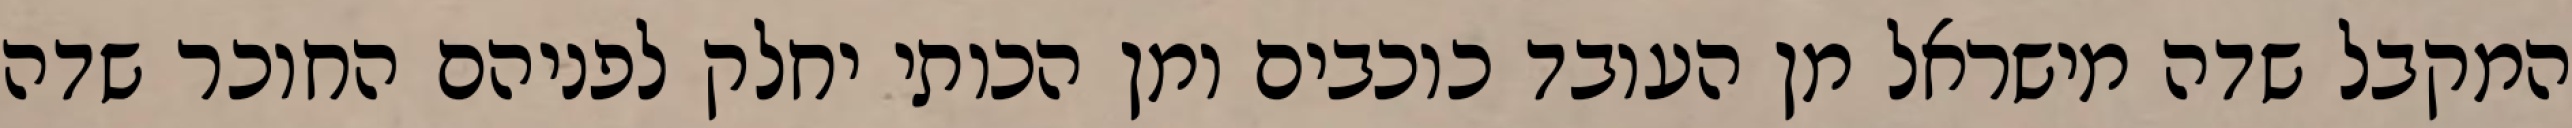
המקבל שדה מישראל מן העובד כוכבים ומן הכותי יחלק לפניהם החוכר שדה